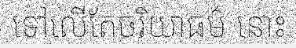
ទៅលើតែចរិយាធម៌ នោះ